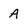
Character: A